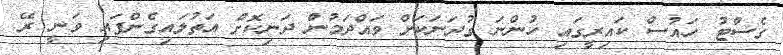
ގެސްޓު ހައުސް ކައިރީގައި ހުންނަ ގުދަނަކަށް ވައްދަމުން ދަނިކޮށް އަތުލައިގެންފައި ވަނީ ރޭ